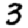
Digit: 3